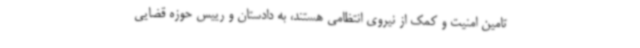
تامین امنیت و کمک از نیروی انتظامی هستند، به دادستان و رییس حوزه قضایی